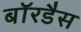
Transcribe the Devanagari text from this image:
बॉरडैस